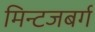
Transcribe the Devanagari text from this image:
मिन्टजबर्ग